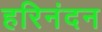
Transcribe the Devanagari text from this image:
हरिनंदन